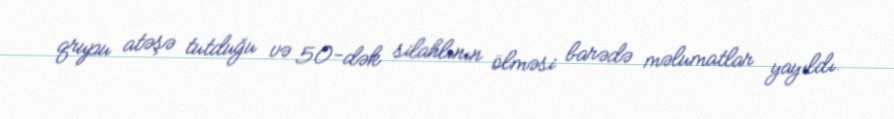
qrupu atəşə tutduğu və 50-dək silahlının ölməsi barədə məlumatlar yayıldı.